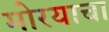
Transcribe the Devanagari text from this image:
मोरयाचा